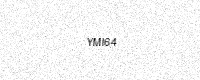
Text: YMI64